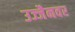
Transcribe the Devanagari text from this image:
उज्जैनवर